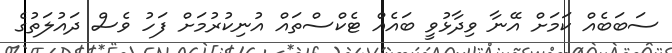
ސަބަބެއް ކަމަށް އޭނާ ވިދާޅުވީ ބައެއް ޓެކްސްތައް އުނިކުރުމަށް ފަހު ވެސް ދައުލަތުގެ